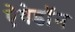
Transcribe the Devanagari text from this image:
ऐवेडॉन